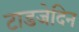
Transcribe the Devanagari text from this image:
टाडजेदिन